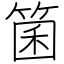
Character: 箘